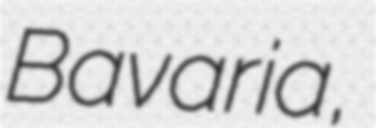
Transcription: Bavaria,